Indian journal of veterinary science and animal husbandry - Volume 9,
Year: 1939
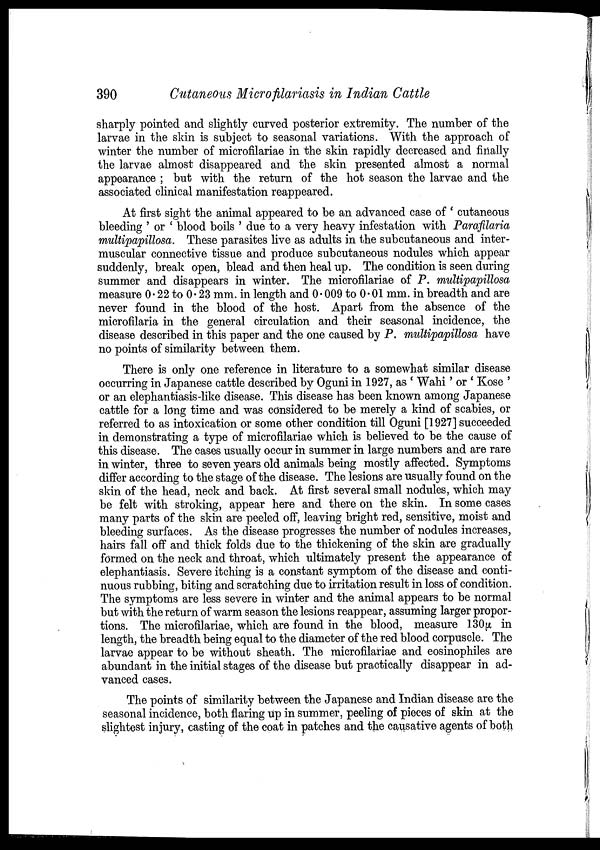
390
Cutaneous Microfilariasis in Indian Cattle
sharply pointed and slightly curved posterior extremity. The number of the
larvae in the skin is subject to seasonal variations. With the approach of
winter the number of microfilariae in the skin rapidly decreased and finally
the larvae almost disappeared and the skin presented almost a normal
appearance ; but with the return of the hot season the larvae and the
associated clinical manifestation reappeared.
At first sight the animal appeared to be an advanced case of ' cutaneous
bleeding ' or ' blood boils ' due to a very heavy infestation with Parafilaria
multipapillosa. These parasites live as adults in the subcutaneous and inter-
muscular connective tissue and produce subcutaneous nodules which appear
suddenly, break open, blead and then heal up. The condition is seen during
summer and disappears in winter. The microfilariae of P. multipapillosa
measure 0.22 to 0.23 mm. in length and 0.009 to 0.01 mm. in breadth and are
never found in the blood of the host. Apart from the absence of the
microfilaria in the general circulation and their seasonal incidence, the
disease described in this paper and the one caused by P. multipapillosa have
no points of similarity between them.
There is only one reference in literature to a somewhat similar disease
occurring in Japanese cattle described by Oguni in 1927, as ' Wahi' or ' Kose '
or an elephantiasis-like disease. This disease has been known among Japanese
cattle for a long time and was considered to be merely a kind of scabies, or
referred to as intoxication or some other condition till Oguni [1927] succeeded
in demonstrating a type of microfilariae which is believed to be the cause of
this disease. The cases usually occur in summer in large numbers and are rare
in winter, three to seven years old animals being mostly affected. Symptoms
differ according to the stage of the disease. The lesions are usually found on the
skin of the head, neck and back. At first several small nodules, which may
be felt with stroking, appear here and there on the skin. In some cases
many parts of the skin are peeled off, leaving bright red, sensitive, moist and
bleeding surfaces. As the disease progresses the number of nodules increases,
hairs fall off and thick folds due to the thickening of the skin are gradually
formed on the neck and throat, which ultimately present the appearance of
elephantiasis. Severe itching is a constant symptom of the disease and conti-
nuous rubbing, biting and scratching due to irritation result in loss of condition.
The symptoms are less severe in winter and the animal appears to be normal
but with the return of warm season the lesions reappear, assuming larger propor-
tions. The microfilariae, which are found in the blood, measure 130µ
in
length, the breadth being equal to the diameter of the red blood corpuscle. The
larvae appear to be without sheath. The microfilariae and eosinophiles are
abundant in the initial stages of the disease but practically disappear in ad-
vanced cases.
The points of similarity between the Japanese and Indian disease are the
seasonal incidence, both flaring up in summer, peeling of pieces of skin at the
slightest injury, casting of the coat in patches and the causative agents of both